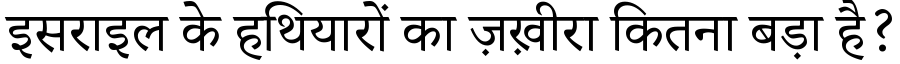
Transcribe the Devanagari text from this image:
इसराइल के हथियारों का ज़ख़ीरा कितना बड़ा है?